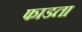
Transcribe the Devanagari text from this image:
फाडता